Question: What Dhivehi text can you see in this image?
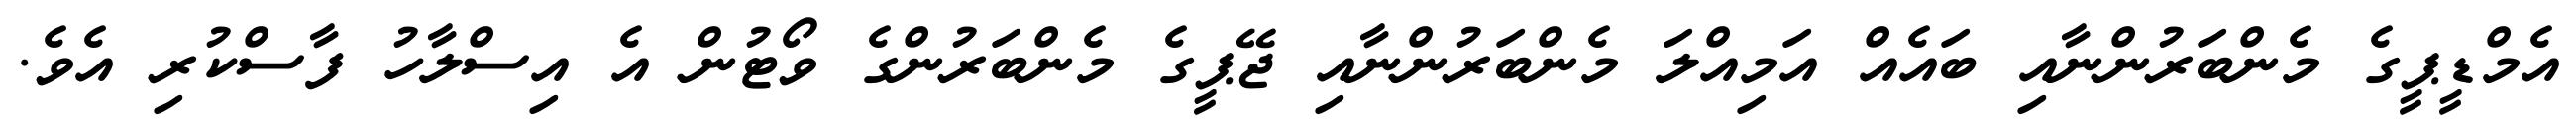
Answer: އެމްޑީޕީގެ މެންބަރުންނާއި ބައެއް އަމިއްލަ މެންބަރުންނާއި ޖޭޕީގެ މެންބަރުންގެ ވޯޓުން އެ އިސްލާހު ފާސްކުރި އެވެ.